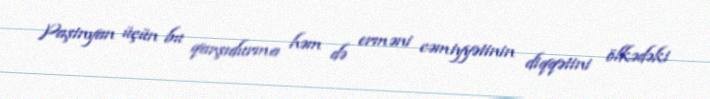
Paşinyan üçün bu qarşıdurma həm də erməni cəmiyyətinin diqqətini ölkədəki